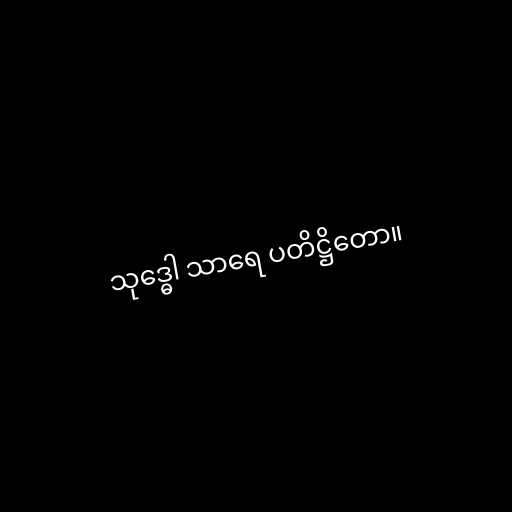
သုဒ္ဓေါ သာရေ ပတိဋ္ဌိတော။